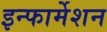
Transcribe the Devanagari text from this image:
इन्‍फार्मेशन